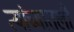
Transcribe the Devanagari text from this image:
त्यांच्यातली